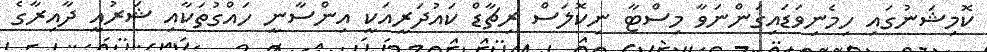
ކޮމިޝަނުގައި ހިމެނިވަޑައިގަންނަވާ މިސްޓާ ނިކޮލަސް ރިޗާޑް ކައުދަރީއަކީ އިންސާނީ ހައްގުތަކާއި ޝަރުއީ ދާއިރާގެ